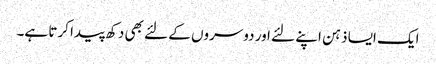
ایک ایسا ذہن اپنے لئے اور دوسروں کے لئے بھی دکھ پیدا کرتا ہے۔